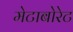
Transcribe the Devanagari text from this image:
मेटाबोरेट